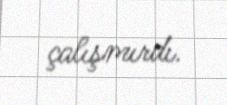
çalışmırdı.